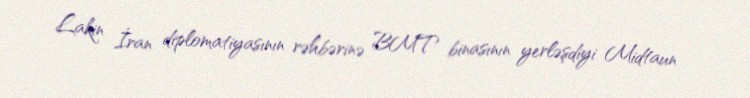
Lakin İran diplomatiyasının rəhbərinə BMT binasının yerləşdiyi Midtaun